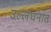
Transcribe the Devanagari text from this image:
उल्लंघनात